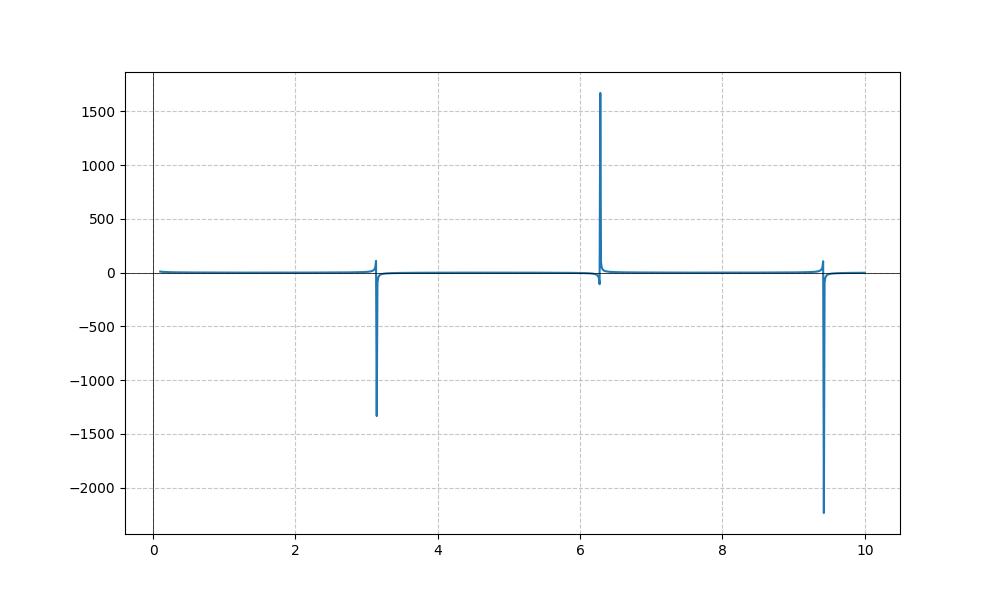
LaTeX formula: \cos{\left(x \right)} \cot{\left(x \right)}